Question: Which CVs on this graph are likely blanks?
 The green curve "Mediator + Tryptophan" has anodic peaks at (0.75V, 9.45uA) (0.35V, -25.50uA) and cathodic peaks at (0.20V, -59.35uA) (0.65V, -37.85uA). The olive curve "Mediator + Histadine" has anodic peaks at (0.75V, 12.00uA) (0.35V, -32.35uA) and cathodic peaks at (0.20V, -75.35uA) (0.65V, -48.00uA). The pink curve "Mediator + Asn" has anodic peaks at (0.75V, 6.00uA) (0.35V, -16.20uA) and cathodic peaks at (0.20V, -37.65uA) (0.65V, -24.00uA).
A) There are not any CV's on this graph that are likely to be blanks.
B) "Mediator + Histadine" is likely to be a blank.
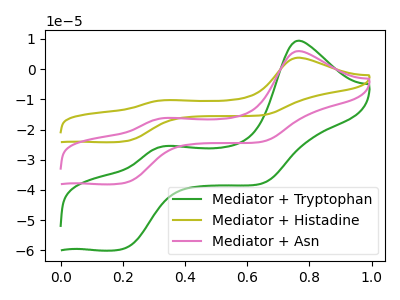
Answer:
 <answer>A) There are not any CV's on this graph that are likely to be blanks.</answer>
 <eval>A</eval>